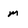
Character: m